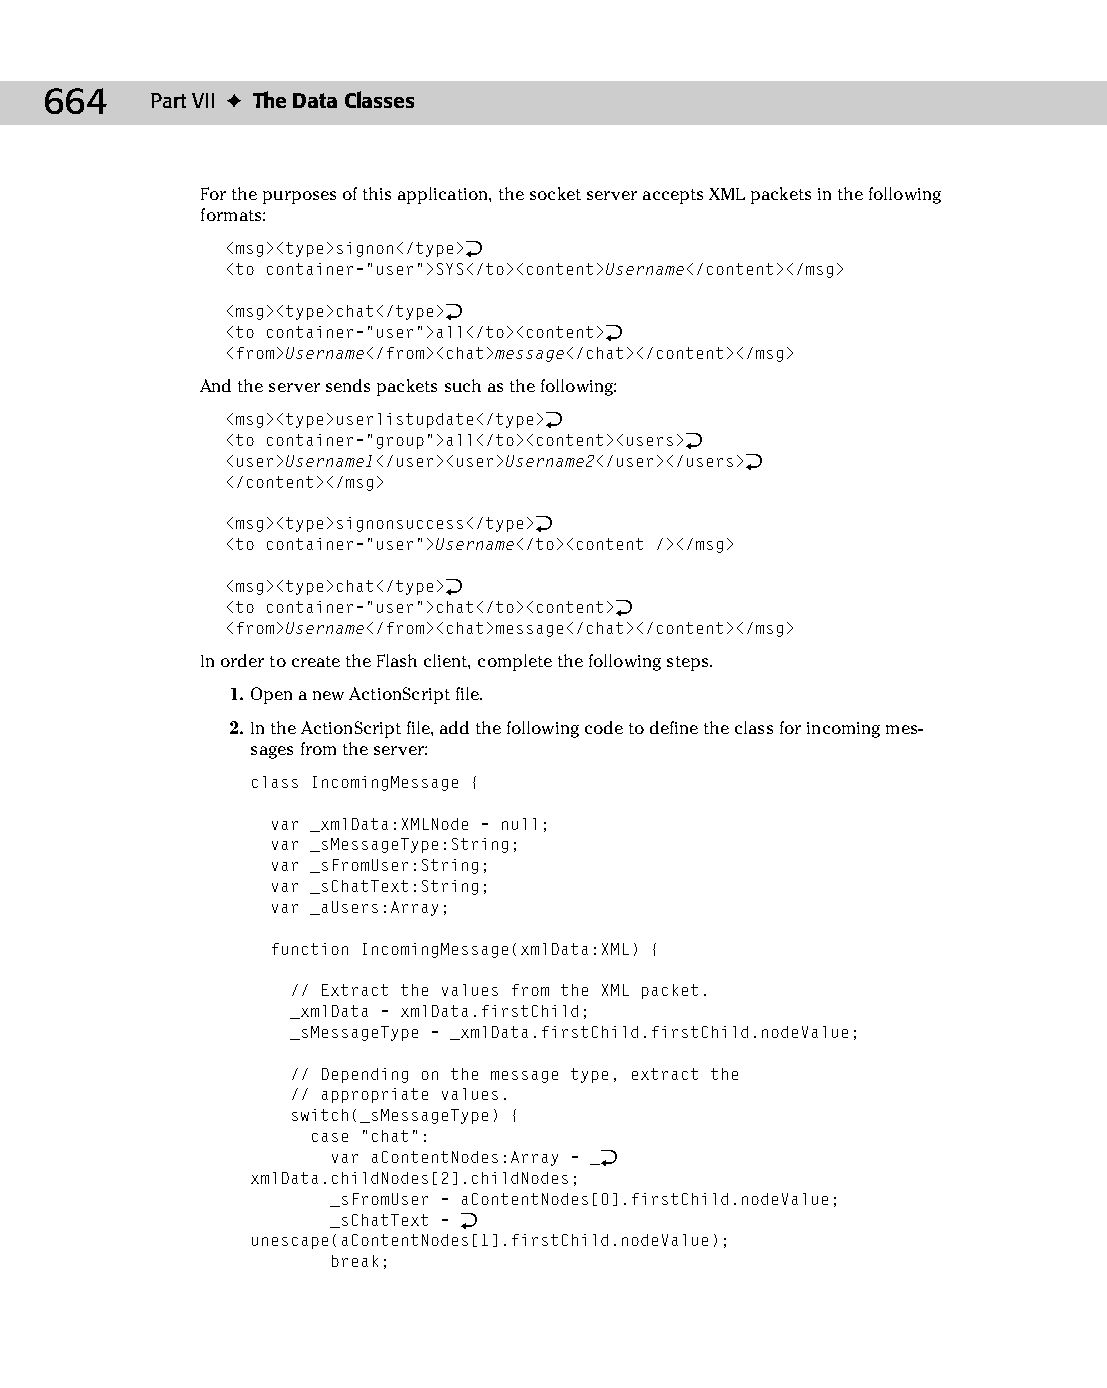
35 543547 ch27.qxd 3/24/04 4:08 PM Page 664
 664    Part VII ✦ The Data Classes
 For the purposes of this application, the socket server accepts XML packets in the following
 formats:
 <msg><type>signon</type>Æ
 <to container=”user”>SYS</to><content>Username</content></msg>
 <msg><type>chat</type>Æ
 <to container=”user”>all</to><content>Æ
 <from>Username</from><chat>message</chat></content></msg>
 And the server sends packets such as the following:
 <msg><type>userlistupdate</type>Æ
 <to container=”group”>all</to><content><users>Æ
 <user>Username1</user><user>Username2</user></users>Æ
 </content></msg>
 <msg><type>signonsuccess</type>Æ
 <to container=”user”>Username</to><content /></msg>
 <msg><type>chat</type>Æ
 <to container=”user”>chat</to><content>Æ
 <from>Username</from><chat>message</chat></content></msg>
 In order to create the Flash client, complete the following steps.
 1. Open a new ActionScript file.
 2. In the ActionScript file, add the following code to define the class for incoming mes­
 sages from the server:
 class IncomingMessage {
 var _xmlData:XMLNode = null;
 var _sMessageType:String;
 var _sFromUser:String;
 var _sChatText:String;
 var _aUsers:Array;
 function IncomingMessage(xmlData:XML) {
 // Extract the values from the XML packet.
 _xmlData = xmlData.firstChild;
 _sMessageType = _xmlData.firstChild.firstChild.nodeValue;
 // Depending on the message type, extract the
 // appropriate values.
 switch(_sMessageType) {
 case “chat”:
 var aContentNodes:Array = _Æ
 xmlData.childNodes[2].childNodes;
 _sFromUser = aContentNodes[0].firstChild.nodeValue;
 _sChatText = Æ
 unescape(aContentNodes[1].firstChild.nodeValue);
 break;